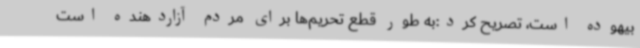
بیهوده است، تصریح کرد:به طور قطع تحریم‌ها برای مردم آزاردهنده است